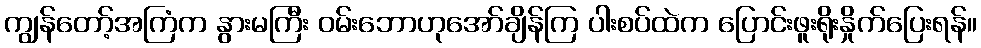
ကျွန်တော့်အကြံက နွားမကြီး ဝမ်းဘောဟုအော်ချိန်ကြ ပါးစပ်ထဲက ပြောင်းဖူးရိုးနှိုက်ပြေးရန်။